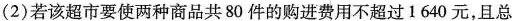
(2)若该超市要使两种商品共80件的购进费用不超过1640元，且总